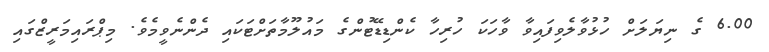
6.00 ގެ ނިޔަލަށް ހުޅުވާލެވިފައިވާ ވާހަކަ ހުރިހާ ކެންޑިޑޭޓުންގެ މައުލޫމާތަށްޓަކައި ދެންނެވީމެވެ. މިޕްރައިމަރީޒްގައި